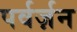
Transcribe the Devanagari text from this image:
पर्वर्ज़न